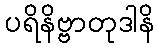
ပရိနိဗ္ဗာတုဒါနိ